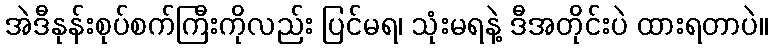
အဲဒီနုန်းစုပ်စက်ကြီးကိုလည်း ပြင်မရ၊ သုံးမရနဲ့ ဒီအတိုင်းပဲ ထားရတာပဲ။